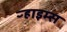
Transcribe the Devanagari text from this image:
ऱ्हाइम्स